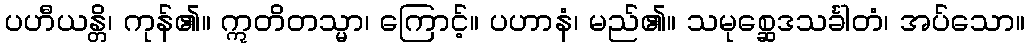
ပဟီယန္တိ၊ ကုန်၏။ ဣတိတသ္မာ၊ ကြောင့်။ ပဟာနံ၊ မည်၏။ သမုစ္ဆေဒသင်္ခါတံ၊ အပ်သော။